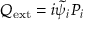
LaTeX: Q _ { \mathrm { e x t } } = i \widetilde { \psi } _ { i } P _ { i }